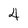
Character: 4